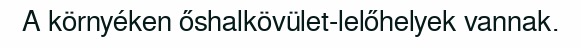
A környéken őshalkövület-lelőhelyek vannak.